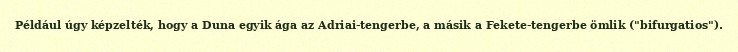
Például úgy képzelték, hogy a Duna egyik ága az Adriai-tengerbe, a másik a Fekete-tengerbe ömlik ("bifurgatios").